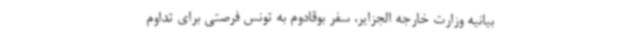
بیانیه وزارت خارجه الجزایر، سفر بوقادوم به تونس فرصتی برای تداوم